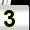
Digit: 3